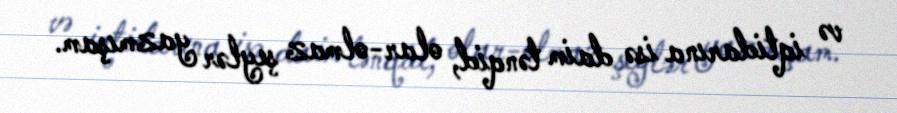
və iqtidarına isə daim tənqid, olar-olmaz şeylər yazmışam.